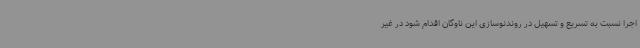
اجرا نسبت به تسریع و تسهیل در روندنوسازی این ناوگان اقدام شود در غیر